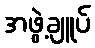
အဖွဲ့ချူပ်